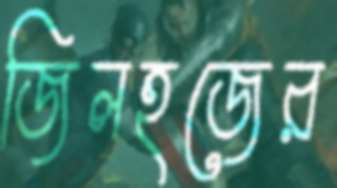
জিলহজের